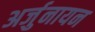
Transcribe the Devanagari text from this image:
अर्जुनायन